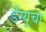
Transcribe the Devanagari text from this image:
डेंग्यूचा